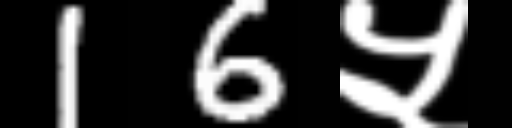
Text: 16५